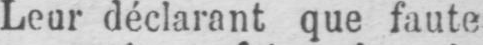
Leur déclarant que faute